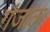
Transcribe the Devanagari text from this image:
गंजाल